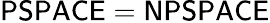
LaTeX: {\mathsf{PSPACE}}={\mathsf{NPSPACE}}